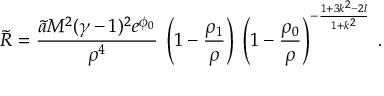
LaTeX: \tilde { R } = \frac { \tilde { a } M ^ { 2 } ( \gamma - 1 ) ^ { 2 } e ^ { \phi _ { 0 } } } { \rho ^ { 4 } } \; \left( 1 - \frac { \rho _ { 1 } } { \rho } \right) \; \left( 1 - \frac { \rho _ { 0 } } { \rho } \right) ^ { - \frac { 1 + 3 k ^ { 2 } - 2 l } { 1 + k ^ { 2 } } } \; .